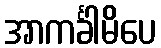
အာကင်္ခါမိပေ